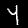
Label: 4